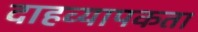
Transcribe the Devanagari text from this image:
दाहव्यापकता